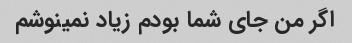
اگر من جای شما بودم زیاد نمینوشم